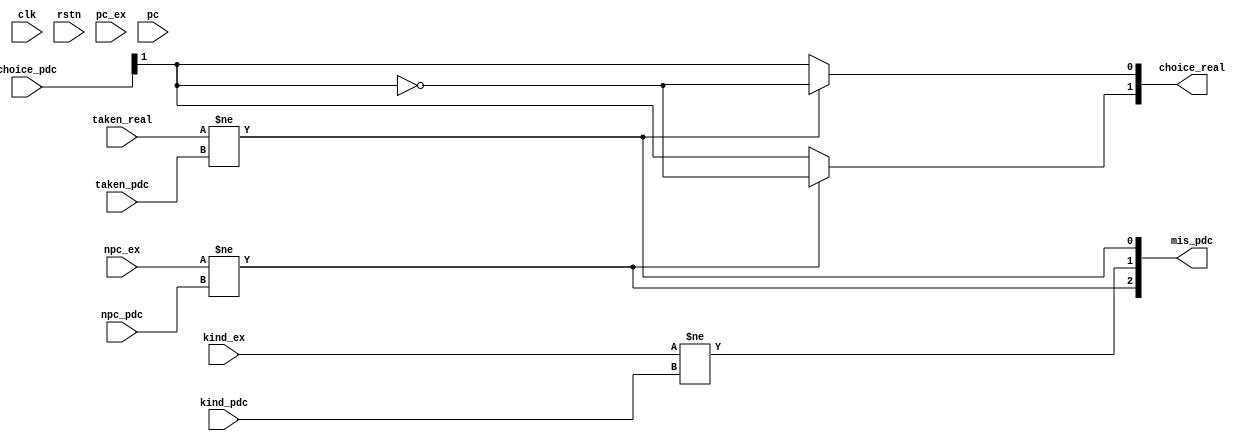
module test#(
    parameter   k_width   = 14,
                h_width   = 14,
                stack_len = 16,
                queue_len = 16,
                ADDR_WIDTH= 30
)(
    input clk,
    input rstn,
    //来自ex段
    input [ADDR_WIDTH-1:0]pc_ex,
    input [ADDR_WIDTH-1:0]npc_ex,
    input [2:0]kind_ex,
    input taken_real,
    //需要处理的接线
    output [2:0]mis_pdc,         //2:npc 1:kind 0:taken
    output [1:0]choice_real,     //1:btb/ras  0:g/h
    //曾经的预测段
    input [ADDR_WIDTH-1:0]npc_pdc,
    input [2:0]kind_pdc,
    input taken_pdc,
    input [1:0]choice_pdc,     //1:btb/ras  0:g/h
    //曾经的当前地址
    input [ADDR_WIDTH-1:0]pc
);
    parameter NOT_JUMP = 3'd0,DIRECT_JUMP = 3'd1,CALL = 3'd2,RET = 3'd3,INDIRECT_JUMP = 3'd4,OTHER_JUMP = 3'd5;

    wire try_to_pdc=(kind_ex==DIRECT_JUMP||kind_ex==INDIRECT_JUMP||kind_ex==OTHER_JUMP);

    assign mis_pdc={(npc_ex!=npc_pdc),(kind_ex!=kind_pdc),(taken_real!=taken_pdc)};

    assign choice_real={choice_real_btb_ras,choice_real_g_h};

    wire choice_real_btb_ras;
    wire choice_real_g_h;

    assign choice_real_btb_ras=mis_pdc[2]?~choice_pdc[1]:choice_pdc[1];
    assign choice_real_g_h=mis_pdc[0]?~choice_pdc[1]:choice_pdc[1];

endmodule